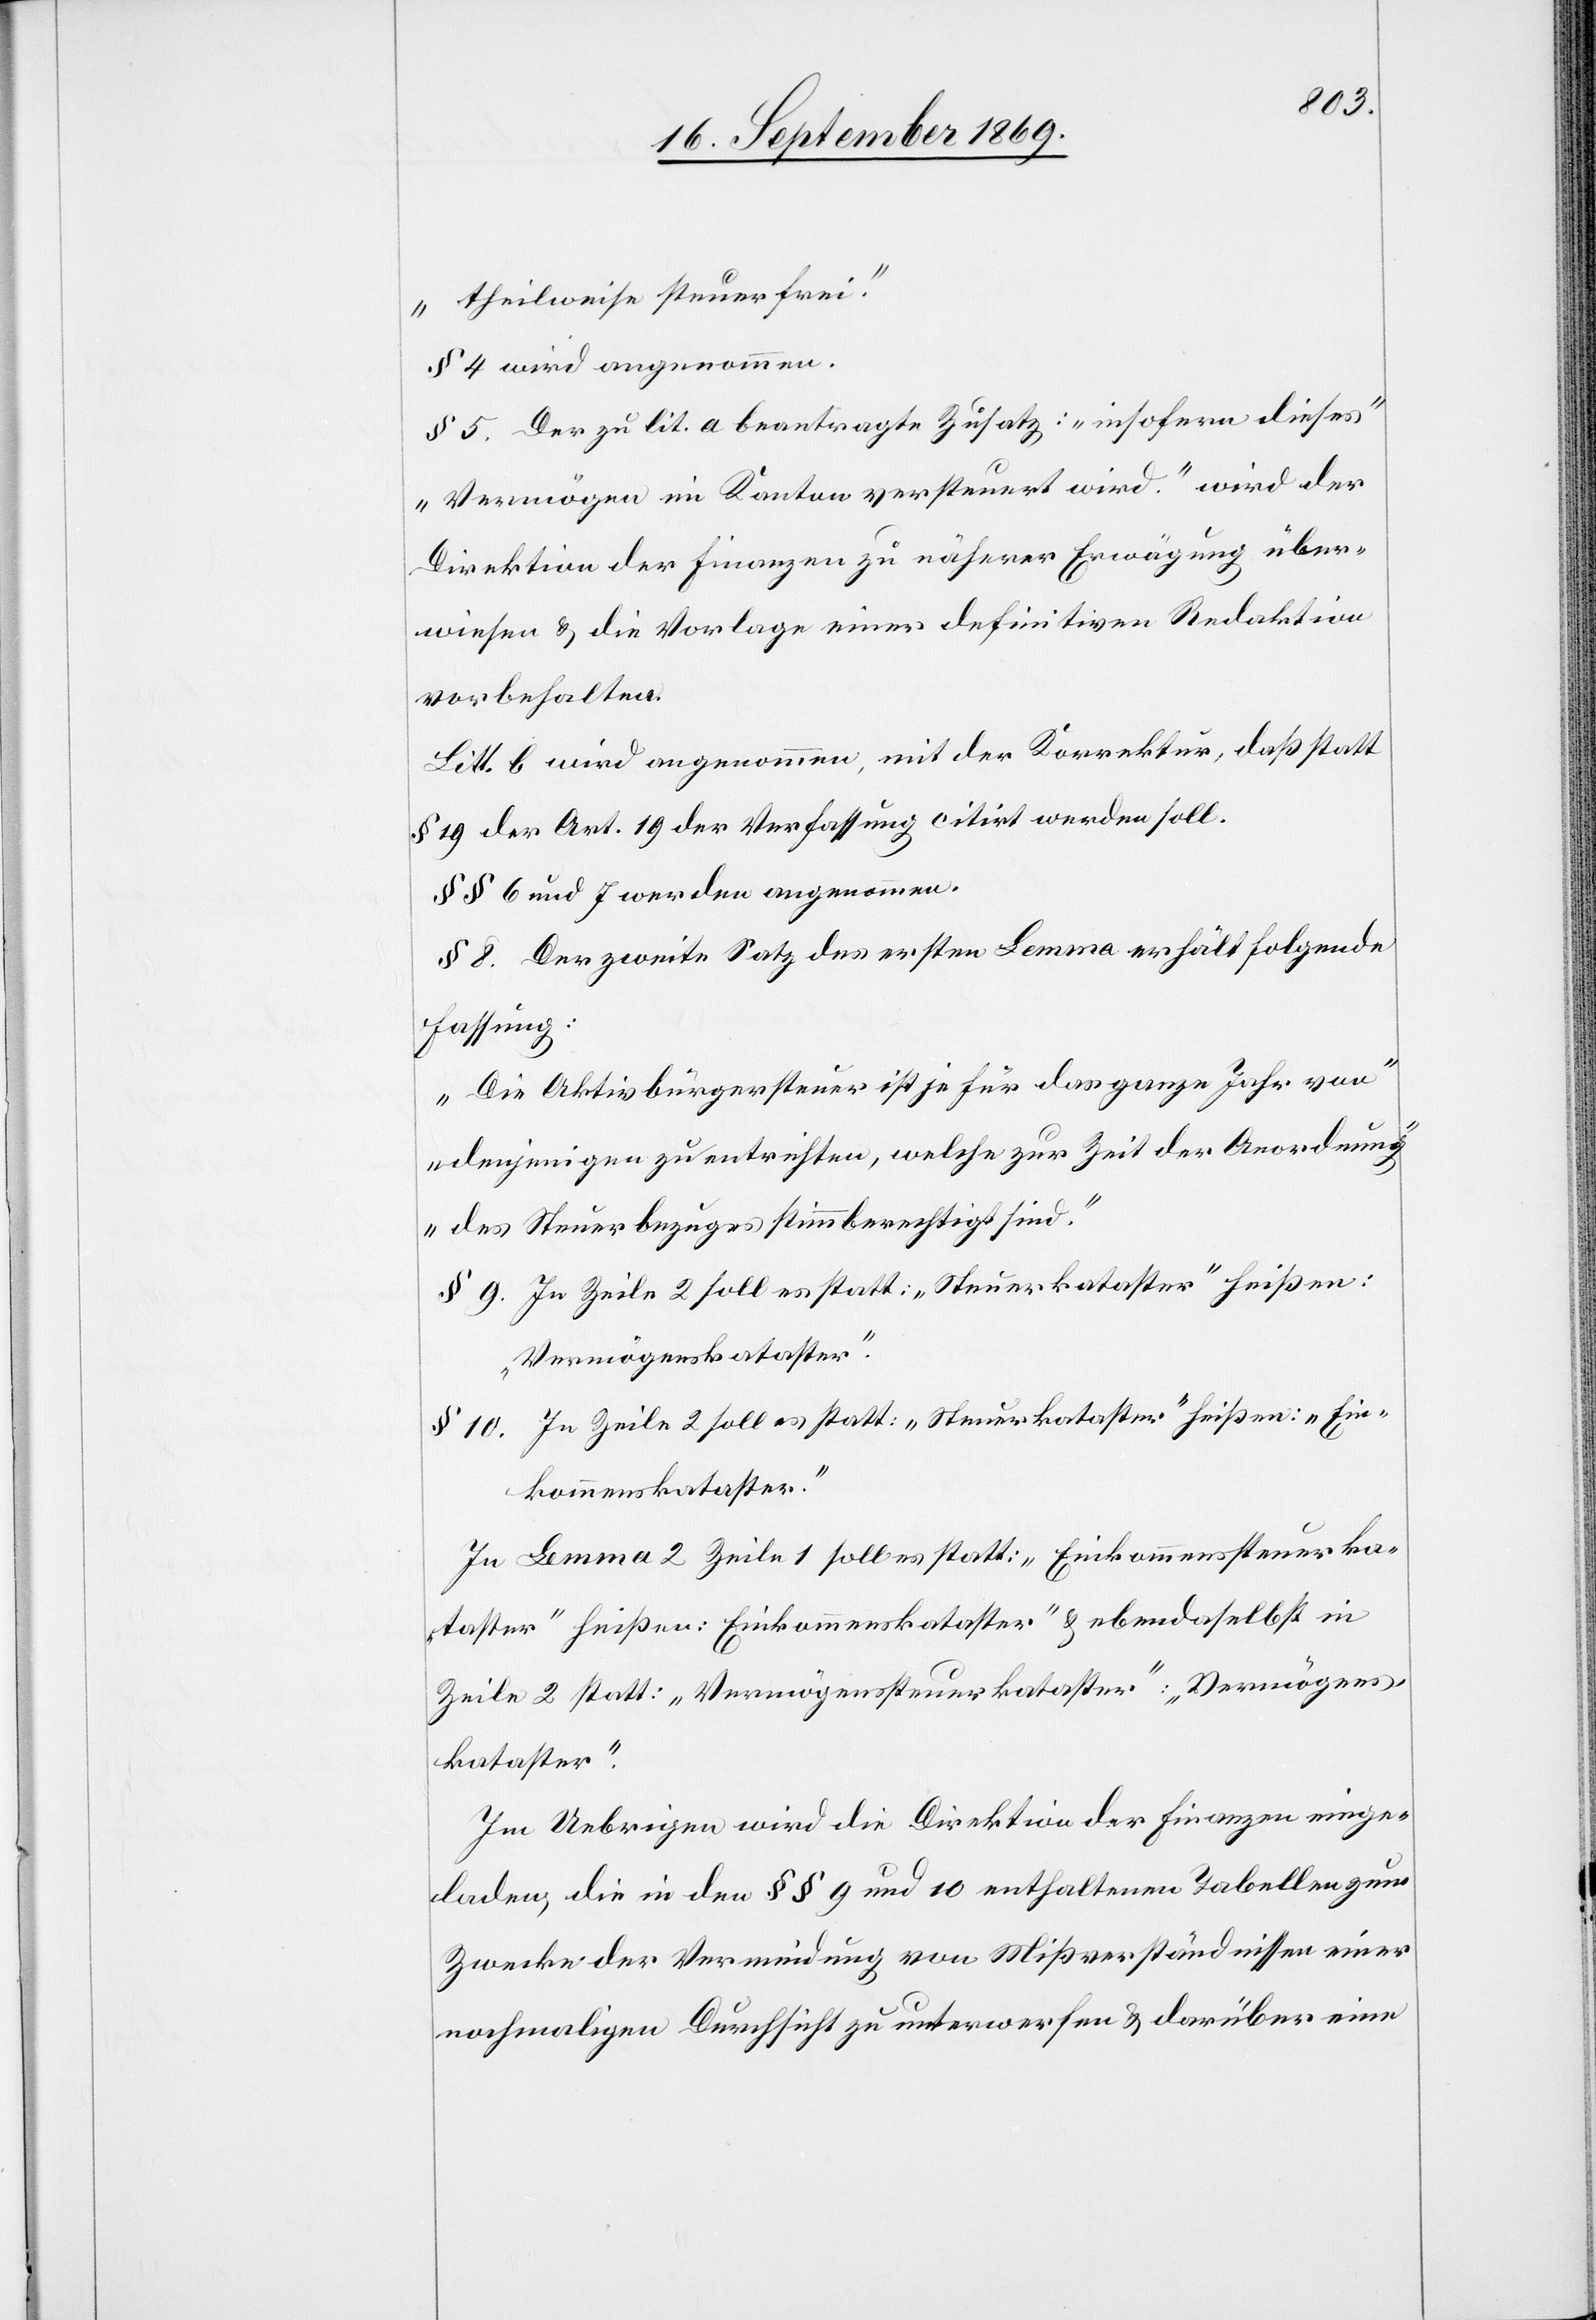
theilweise steuerfrei.“
§ 4 wird angenommen.
§ 5. Der zu lit. a beantragte Zusatz: „insofern dieses
Vermögen im Kanton versteuert wird.“ wird der
Direktion der Finanzen zu näherer Erwägung über¬
wiesen & die Vorlage einer definitiven Redaktion
vorbehalten.
Litt. b wird angenommen, mit der Korrektur, daß statt
§ 19 der Art. 19 der Verfassung citirt werden soll.
§§ 6 und 7 werden angenommen.
§ 8. Der zweite Satz des ersten Lemma erhält folgende
Fassung:
„Die Aktivbürgersteuer ist je für das ganze Jahr von
denjenigen zu entrichten, welche zur Zeit der Anordnung
des Steuerbezuges stimmberechtigt sind.“
§ 9. In Zeile 2 soll es statt: „Steuerkataster“ heißen:
„Vermögenskataster“.
§ 10. In Zeile 2 soll es statt: „Steuerkataster“ heißen: „Ein¬
kommenskataster“.
In Lemma 2 Zeile 1 solle es statt: „Einkommenssteuerka¬
taster“ heißen: „Einkommenskataster“ & ebendaselbst in
Zeile 2 statt: „Vermögenssteuerkataster“: „Vermögens¬
kataster“.
Im Uebrigen wird die Direktion der Finanzen einge¬
laden, die in den §§ 9 und 10 enthaltenen Tabellen zum
Zwecke der Verminderung von Mißverständnissen einer
nochmaligen Durchsicht zu unterwerfen & darüber eine